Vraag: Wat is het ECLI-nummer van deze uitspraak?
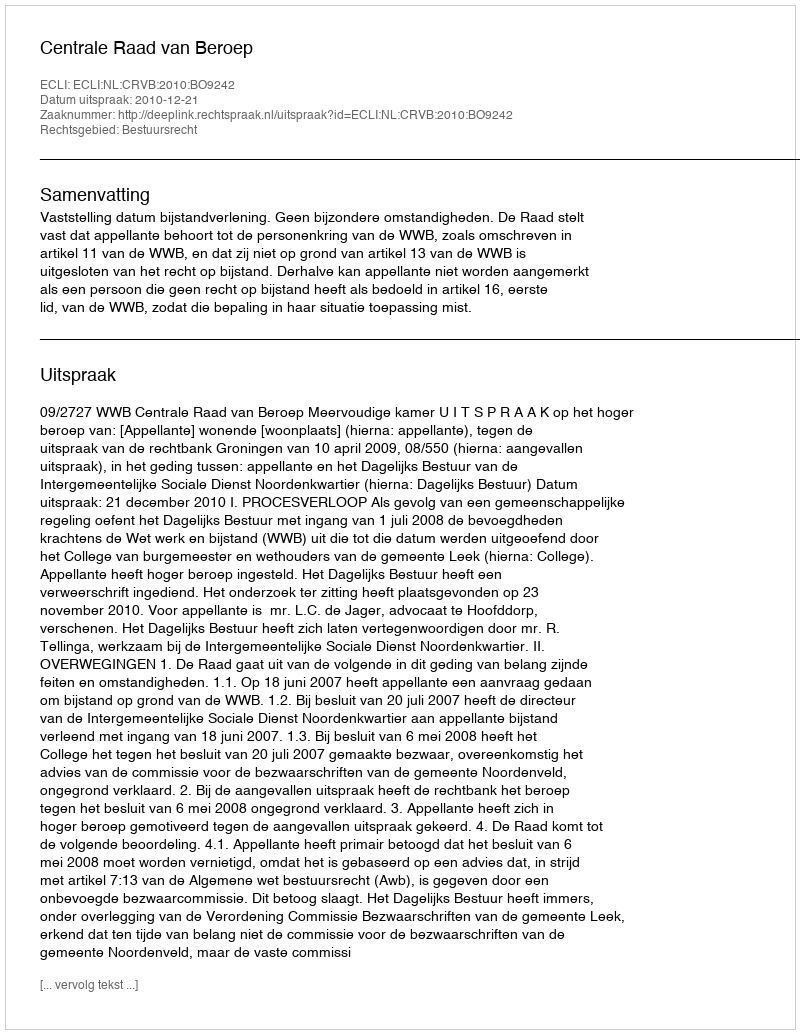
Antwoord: ECLI:NL:CRVB:2010:BO9242